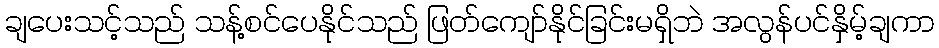
ချပေးသင့်သည် သန့်စင်ပေနိုင်သည် ဖြတ်ကျော်နိုင်ခြင်းမရှိဘဲ အလွန်ပင်နှိမ့်ချကာ